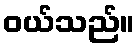
ဝယ်သည်။